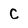
Character: C